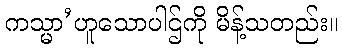
ကသ္မာ’ဟူသောပါဌ်ကို မိန့်သတည်း။